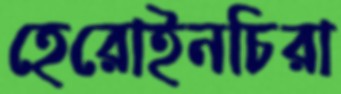
হেরোইনচিরা